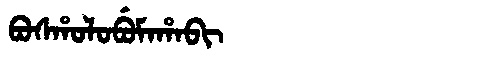
Manchu: ᠪᠣᠰᡥᠣᠯᠣᠪᡠᠮᠠᡥᠠᠪᡳ
Romanization: BOSHOLOBUMAHABI